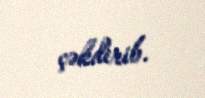
çəkdirib.